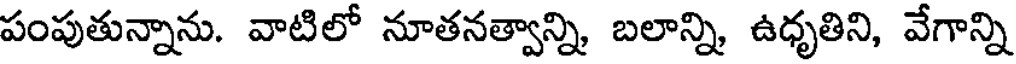
పంపుతున్నాను. వాటిలో నూతనత్వాన్ని బలాన్ని ఉధృతిని, వేగాన్ని